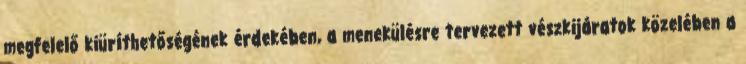
megfelelő kiüríthetőségének érdekében, a menekülésre tervezett vészkijáratok közelében a